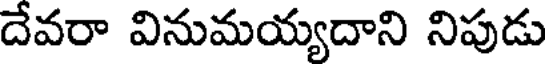
దేవరా వినుమయ్యదాని నిపుడు